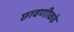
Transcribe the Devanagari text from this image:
छावणीकडे